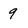
Character: 9